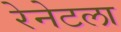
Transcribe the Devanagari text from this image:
रेनेटला